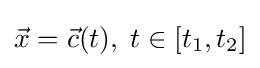
{\vec {x}}={\vec {c}}(t),\;t\in [t_{1},t_{2}]